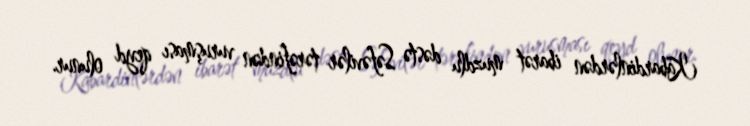
Kabardinlərdən ibarət muzdlu dəstə Səfəvilər tərəfindən vuruşması qeyd olunur.